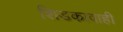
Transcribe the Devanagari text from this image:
शिडकावाही